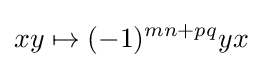
xy\mapsto (-1)^{mn+pq}yx